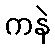
ကနဲ